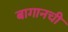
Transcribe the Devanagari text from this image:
बागानची